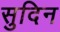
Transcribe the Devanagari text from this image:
सुदिन